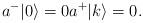
LaTeX: \begin{align*}a^- \vert 0 \rangle = 0 a^+ \vert k \rangle = 0.\end{align*}